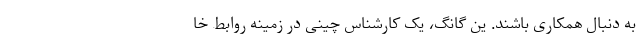
به دنبال همکاری باشند. ین گانگ، یک کارشناس چینی در زمینه روابط خا